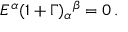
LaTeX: E ^ { \alpha } ( 1 + \Gamma ) _ { \alpha } { } ^ { \beta } = 0 \, .